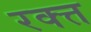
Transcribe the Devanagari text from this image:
रक्त्त